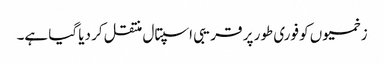
زخمیوں کو فوری طور پر قریبی اسپتال منتقل کر دیا گیا ہے۔